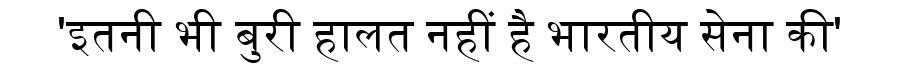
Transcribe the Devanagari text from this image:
'इतनी भी बुरी हालत नहीं है भारतीय सेना की'